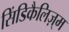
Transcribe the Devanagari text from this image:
सिंडिकैलिज़्म